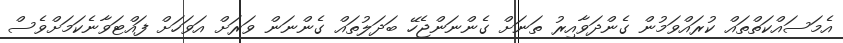
އެމަސައްކަތްތައް ކުރައްވަމުން ގެންދަވާއިރު ތަނަށް ގެންނަންޖެހޭ ބަދަލުތައް ގެންނަން ވަރަށް އަވަހަށް ފައްޓަވާނެކަމަށްވެސް